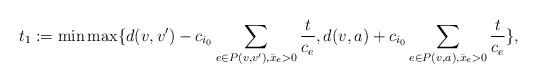
LaTeX: \begin{align*}t_1 := \min \max\{d(v,v') - \displaystyle c_{i_0}\sum_{e \in P(v,v'), \bar{x}_e > 0}\frac{t}{c_e},d(v,a) + \displaystyle c_{i_0}\sum_{e \in P(v,a), \bar{x}_e > 0}\frac{t}{c_e}\},\end{align*}